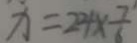
x = 2 4 \times \frac { 7 } { 6 }